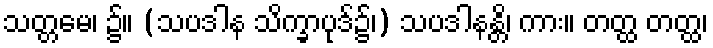
သတ္တမေ၊ ၌။ (သပဒါန သိက္ခာပုဒ်၌၊) သပဒါနန္တိ၊ ကား။ တတ္ထ တတ္ထ၊